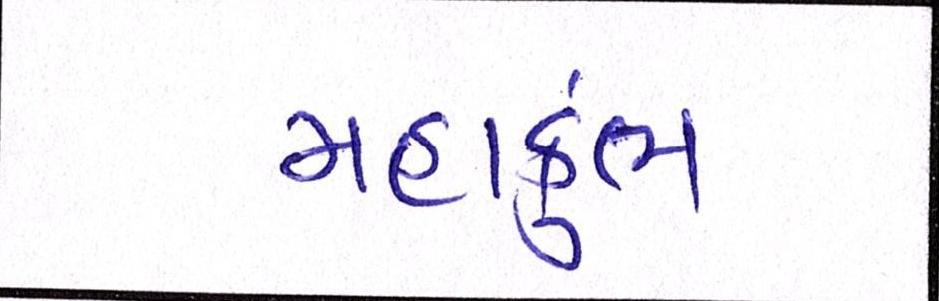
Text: મહાકુંભ